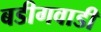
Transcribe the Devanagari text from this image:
बडीगवाडी